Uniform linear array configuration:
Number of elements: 64
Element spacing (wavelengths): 0.75
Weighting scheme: blackman
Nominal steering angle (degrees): -30
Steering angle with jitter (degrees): -28.675
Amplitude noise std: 0.05
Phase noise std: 0.05

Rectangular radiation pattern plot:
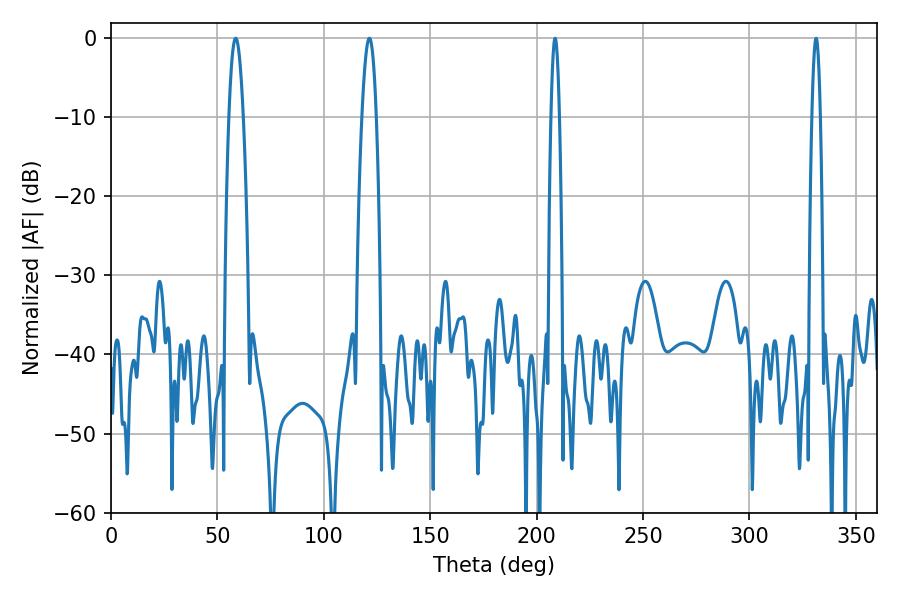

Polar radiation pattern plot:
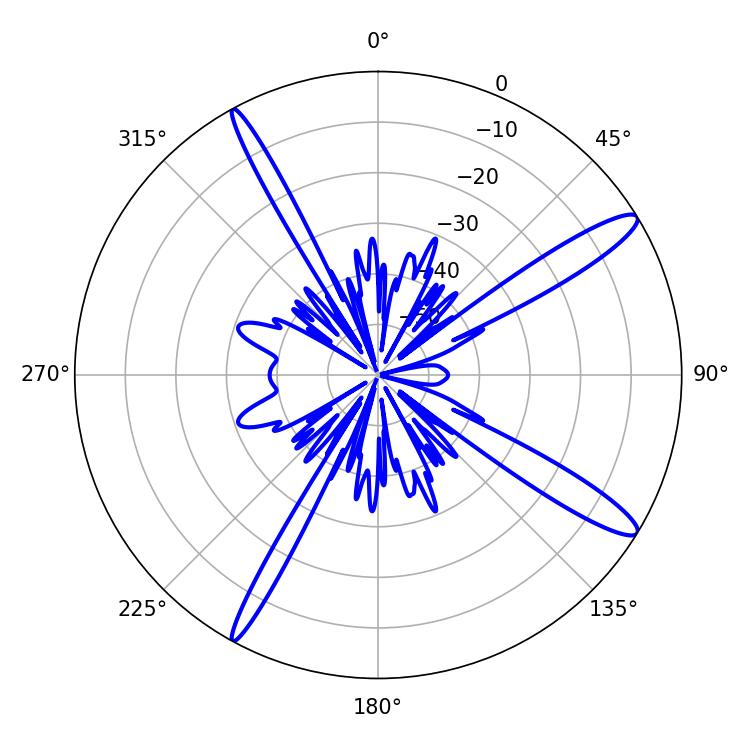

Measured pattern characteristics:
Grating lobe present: TRUE
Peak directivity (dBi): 13.98
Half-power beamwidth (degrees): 3.6
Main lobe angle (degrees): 121.5